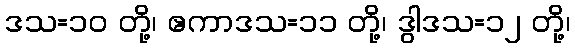
ဒသ=၁၀ တို့၊ ဧကာဒသ=၁၁ တို့၊ ဒွါဒသ=၁၂ တို့၊